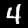
Label: 4